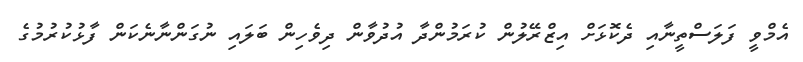
އެމްވީ ފަލަސްތީނާއި ދެކޮޅަށް އިޒްރޭލުން ކުރަމުންދާ އުދުވާން ދިވެހިން ބަލައި ނުގަންނާނެކަން ފާޅުކުރުމުގެ